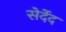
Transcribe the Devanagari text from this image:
सेर्देद